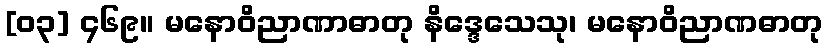
[၀၃] ၄၆၉။ မနောဝိညာဏာဓာတု နိဒ္ဒေသေသု၊ မနောဝိညာဏဓာတု